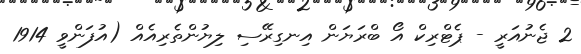
2 ޖެނުއަރީ - ޕެޓްރިކް އޯ ބްރަޔަން އިނގިރޭސި ލިޔުންތެރިއެއް (އުފަންވީ 1914